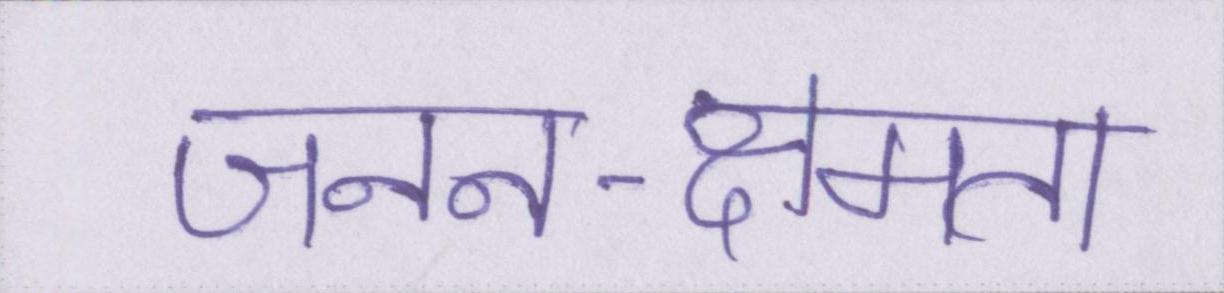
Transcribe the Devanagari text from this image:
जनन-क्षमता